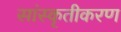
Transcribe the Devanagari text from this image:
सांस्कृतीकरण